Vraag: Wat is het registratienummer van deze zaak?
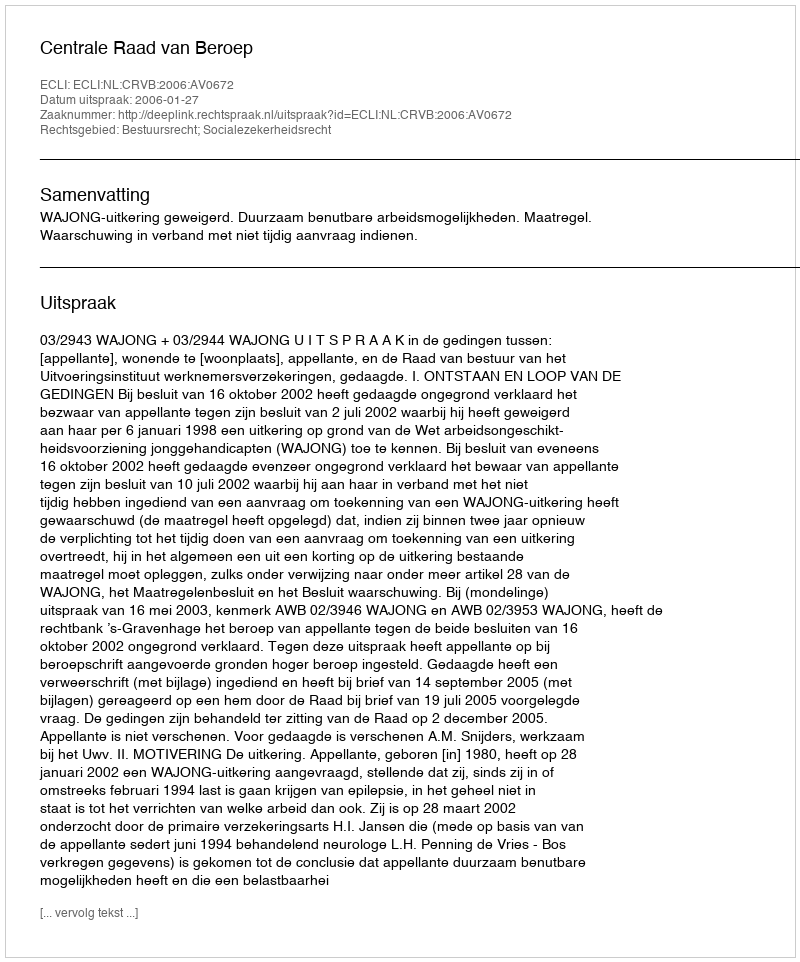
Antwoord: http://deeplink.rechtspraak.nl/uitspraak?id=ECLI:NL:CRVB:2006:AV0672